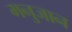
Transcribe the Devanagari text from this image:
मनुजान